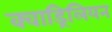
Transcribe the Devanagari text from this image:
क्वाड्रिलियन